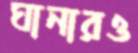
ঘানারও